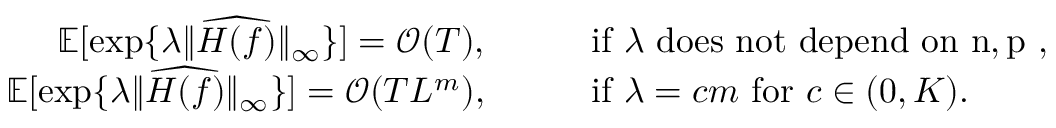
\begin{array} { r l r l } { \mathbb { E } [ \exp \{ \lambda \| \widehat { H ( f ) } \| _ { \infty } \} ] = \mathcal { O } ( T ) , } & { } & & { \mathrm { i f ~ } \lambda \mathrm { ~ d o e s ~ n o t ~ d e p e n d ~ o n ~ n , p ~ , } } \\ { \mathbb { E } [ \exp \{ \lambda \| \widehat { H ( f ) } \| _ { \infty } \} ] = \mathcal { O } ( T L ^ { m } ) , } & { } & & { \mathrm { i f ~ } \lambda = c m \mathrm { ~ f o r ~ } c \in ( 0 , K ) . } \end{array}